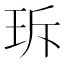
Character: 𤤐